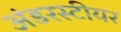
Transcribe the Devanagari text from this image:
अंडरस्टीयर